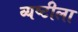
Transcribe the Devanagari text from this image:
व्यष्टीला